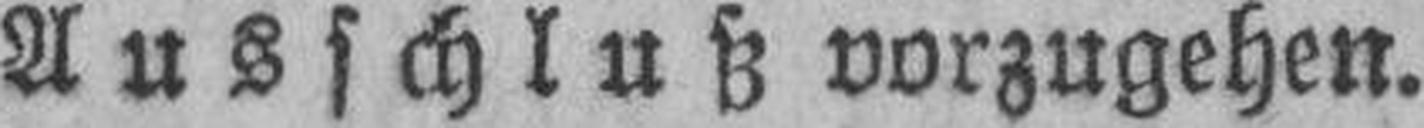
Ausschluß vorzugehen.